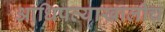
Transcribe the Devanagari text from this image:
आधिपत्याखालीच